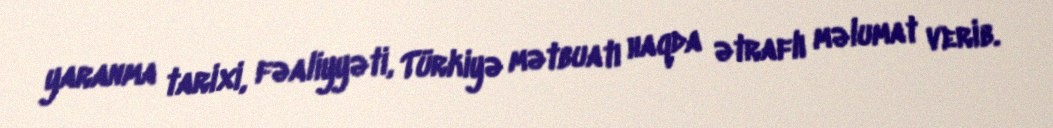
yaranma tarixi, fəaliyyəti, Türkiyə mətbuatı haqda ətraflı məlumat verib.